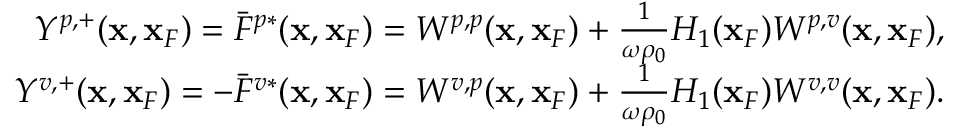
\begin{array} { r l r } & { } & { Y ^ { p , + } ( { \bf x } , { \bf x } _ { F } ) = \bar { F } ^ { p * } ( { \bf x } , { \bf x } _ { F } ) = W ^ { p , p } ( { \bf x } , { \bf x } _ { F } ) + \frac { 1 } { \omega \rho _ { 0 } } { \cal H } _ { 1 } ( { \bf x } _ { F } ) W ^ { p , v } ( { \bf x } , { \bf x } _ { F } ) , } \\ & { } & { Y ^ { v , + } ( { \bf x } , { \bf x } _ { F } ) = - \bar { F } ^ { v * } ( { \bf x } , { \bf x } _ { F } ) = W ^ { v , p } ( { \bf x } , { \bf x } _ { F } ) + \frac { 1 } { \omega \rho _ { 0 } } { \cal H } _ { 1 } ( { \bf x } _ { F } ) W ^ { v , v } ( { \bf x } , { \bf x } _ { F } ) . } \end{array}